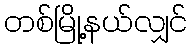
တစ်မြို့နယ်လျှင်